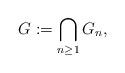
LaTeX: \begin{align*}G:=\bigcap_{n\geq 1} G_n,\end{align*}